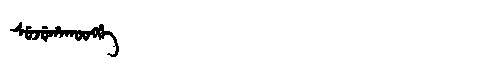
Manchu: ᠰᡠᠵᡠᡥᠠᡴᡡᠩᡤᡝ
Romanization: SUJUHAKŪNGGE